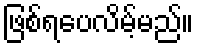
ဖြစ်ရပေလိမ့်မည်။